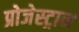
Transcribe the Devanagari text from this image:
प्रोजेस्ट्रान